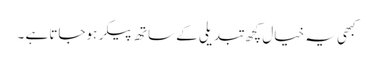
کبھی یہ خیال کچھ تبدیلی کے ساتھ پیکر ہوجاتا ہے ۔